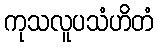
ကုသလူပသံဟိတံ